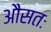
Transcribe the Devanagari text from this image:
औसतः